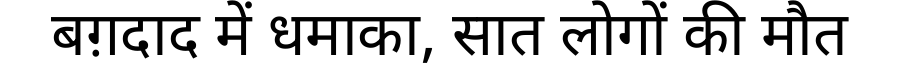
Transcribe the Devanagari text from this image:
बग़दाद में धमाका, सात लोगों की मौत